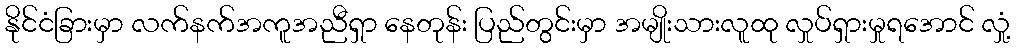
နိုင်ငံခြားမှာ လက်နက်အကူအညီရှာ နေတုန်း ပြည်တွင်းမှာ အမျိုးသားလူထု လှုပ်ရှားမှုရအောင် လှုံ့